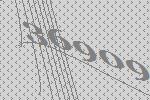
36909